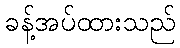
ခန့်အပ်ထားသည်